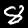
Digit: 8